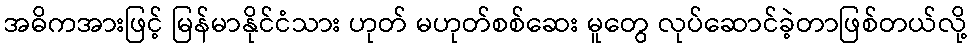
အဓိကအားဖြင့် မြန်မာနိုင်ငံသား ဟုတ် မဟုတ်စစ်ဆေး မူတွေ လုပ်ဆောင်ခဲ့တာဖြစ်တယ်လို့